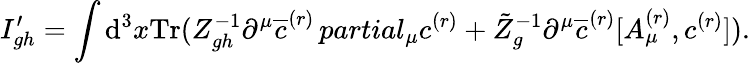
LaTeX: I_{gh}^{\prime}=\int\mathrm{d}^{3}x\mathrm{{Tr}}(Z_{gh}^{-1}\partial^{\mu}\overline{{{{c}}}}^{(r)}\, partial_{\mu}c^{(r)}+\tilde{{Z}}_{g}^{-1}\partial^{\mu}\overline{{{{c}}}}^{(r)}[A_{\mu}^{(r)},c^{(r)}]).